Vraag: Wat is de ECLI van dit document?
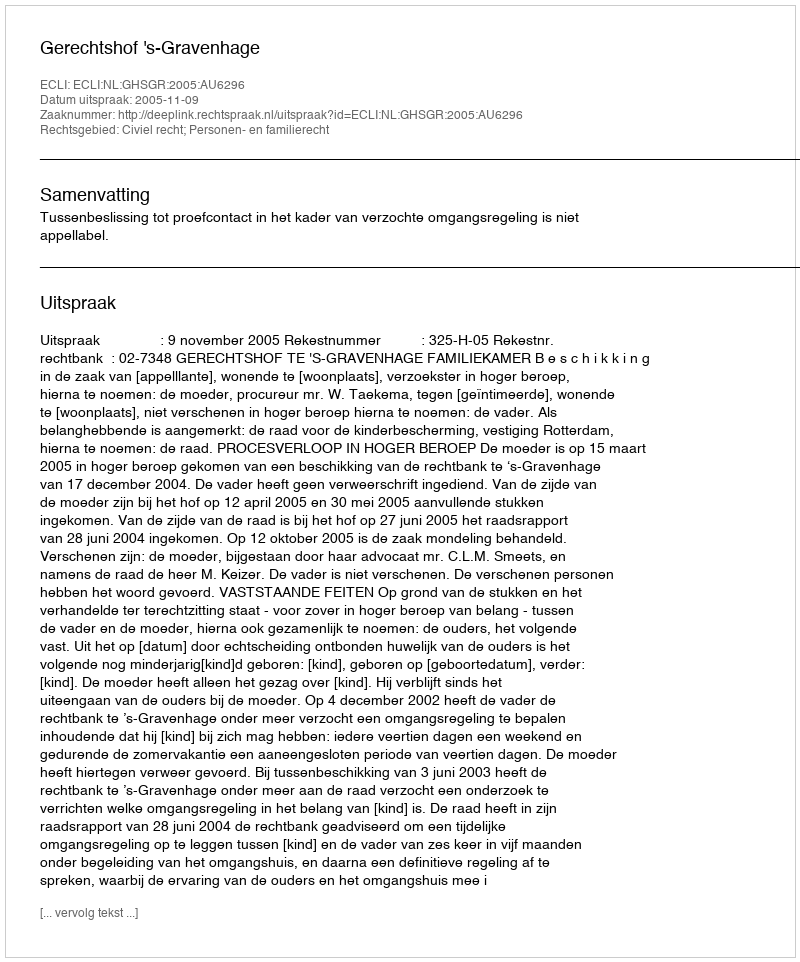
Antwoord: ECLI:NL:GHSGR:2005:AU6296